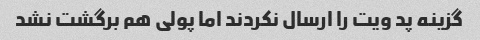
گزینه پد ویت را ارسال نکردند اما پولی هم برگشت نشد